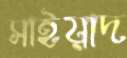
সাইয়াদ